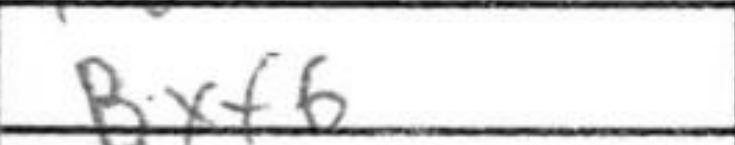
Transcription: Bxf6